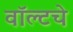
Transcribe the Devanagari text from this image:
वॉल्टचे